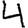
Digit: 4